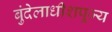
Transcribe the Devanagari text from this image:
बुंदेलाधीशपूज्य